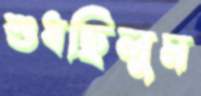
শুধছিলুম